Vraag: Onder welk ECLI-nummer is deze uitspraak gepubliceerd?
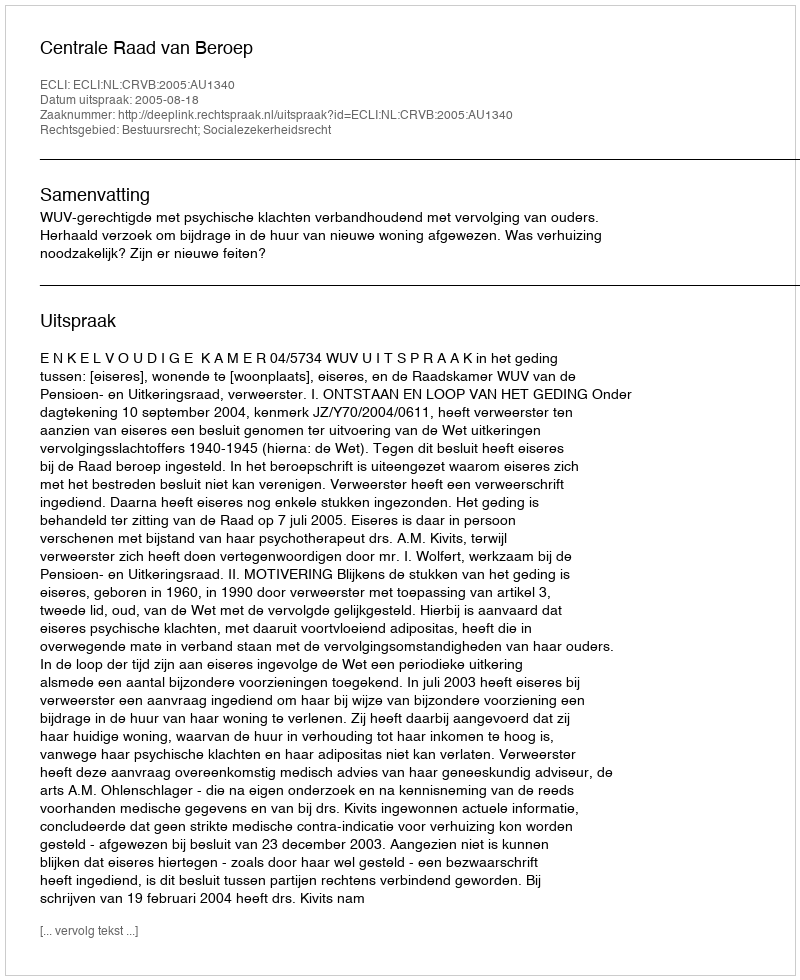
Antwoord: ECLI:NL:CRVB:2005:AU1340